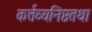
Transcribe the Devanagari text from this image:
कर्त्तव्यनिष्ठतथा